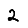
Digit: 2